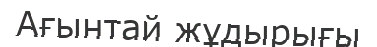
Ағынтай жұдырығы